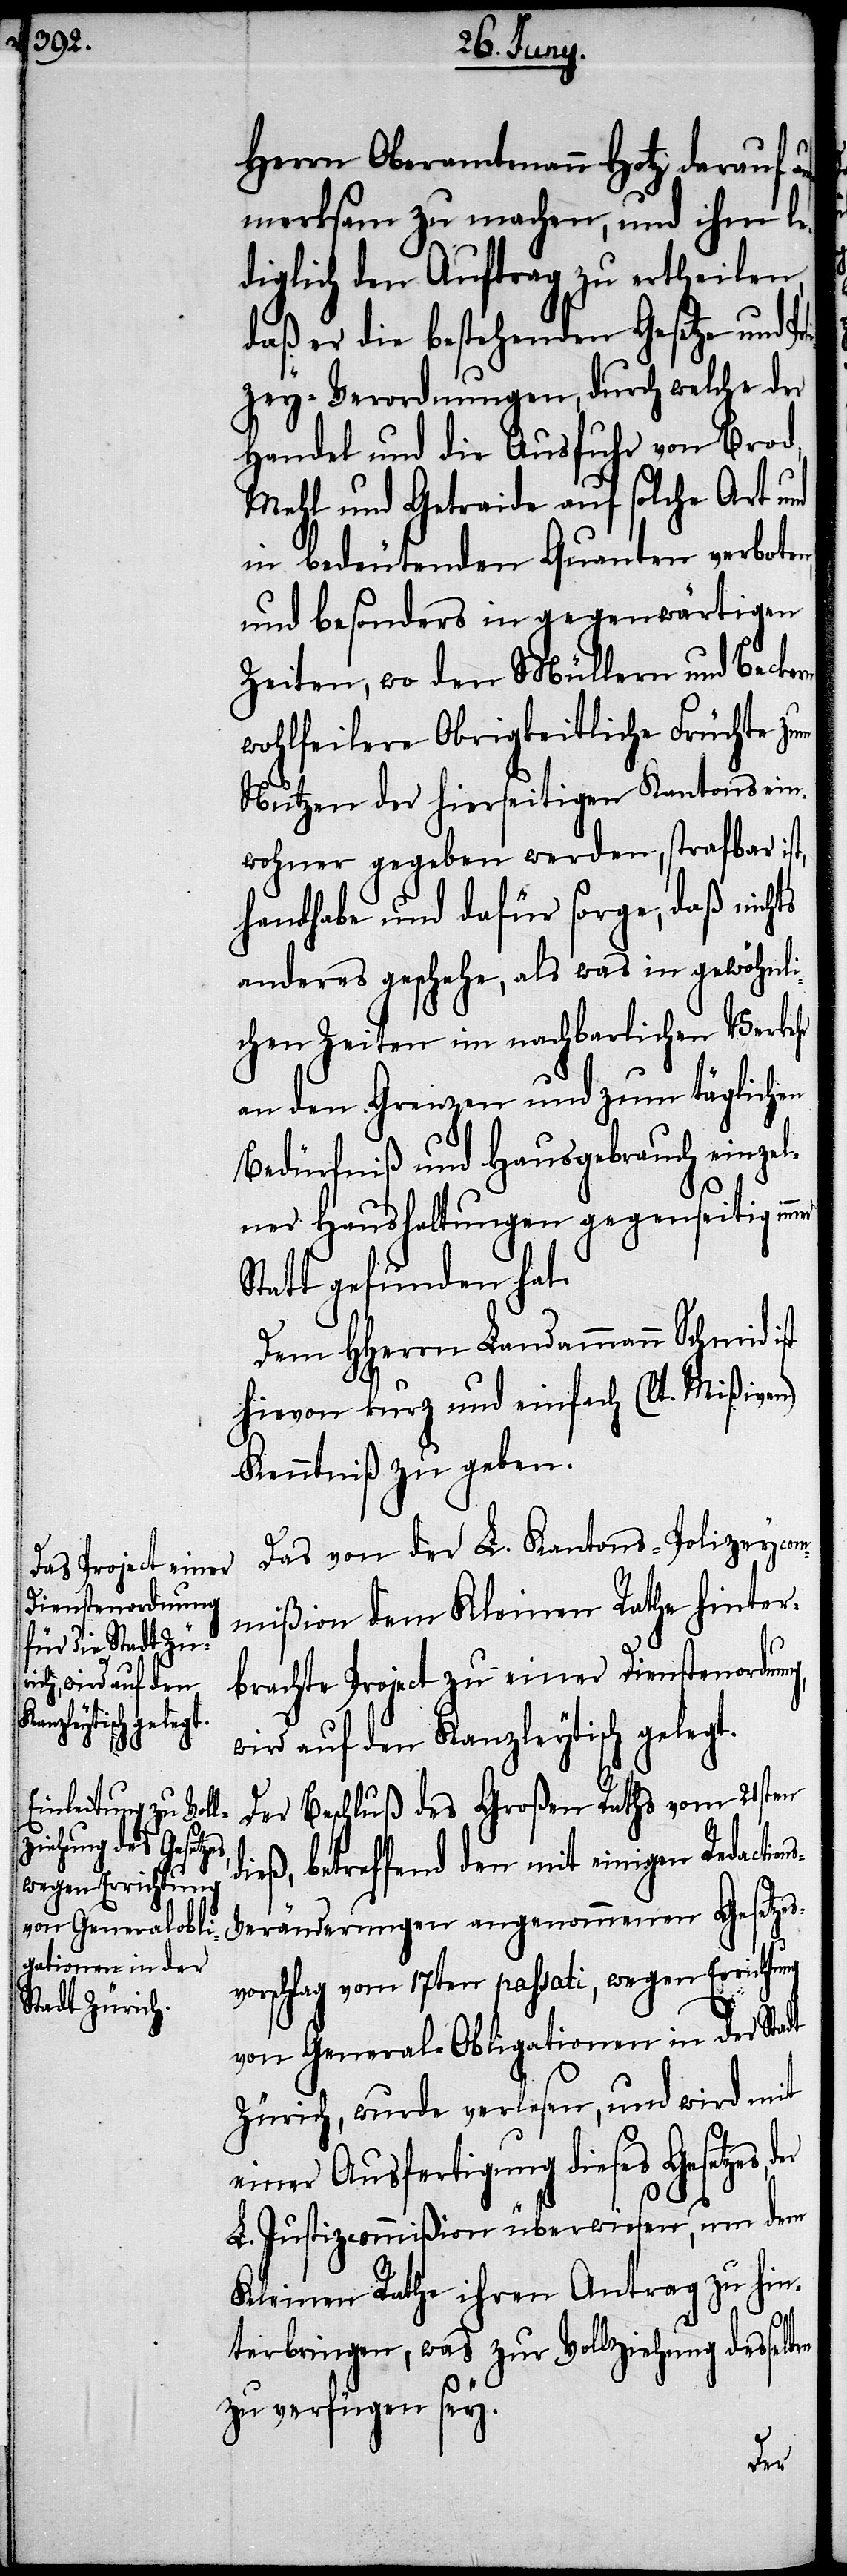
Herrn Oberamtmann Hotz darauf a¬
ufmerksam zu machen, und ihm le¬
diglich den Auftrag zu ertheilen,
daß er die bestehenden Gesetze und P¬
zey-Verordnungen, durch welche der
Handel und die Ausfuhr von Brod,
Mehl und Getraide auf solche Art und
in bedeutenden Quanten verbote¬
und besonders in gegenwärtigen
Zeiten, wo den Müllern und Becken
wohlfeilere Obrigkeitliche Früchte zum
Nutzen der hierseitigen Kantonsein¬
wohner gegeben werden, strafbar ist,
handhabe und dafür sorge, daß nichts
anderes geschehe, als was in gewöhnli¬
chen Zeiten im nachbarlichen Verkehr
an den Grenzen und zum täglichen
Bedürfniß und Hausgebrauch einzel¬
ner Haushaltungen gegenseitig im¬
Statt gefunden hat.
Dem HHerrn Landammann Schmid
hievon kurz und einfach (lt. Mißiven)
Kenntniß zu geben.
Das von der L. Kantons-Polizeycom¬
mißion dem Kleinen Rathe hinter¬
brachte Project zu einer Dienstenordnung,
wird auf den Kanzleytisch gelegt.
Der Beschluß des Großen Raths vom 21sten
dieß, betreffend den mit einigen Redaction¬
s-Veränderungen angenommenen Gesetzes¬
vorschlag vom 17ten passati, wegen Errichtu¬
von General-Obligationen in der Stadt
Zürich, wurde verlesen, und wird mit
einer Ausfertigung dieses Gesetzes,
L. Justizcommißion überwiesen, um dem
Kleinen Rathe ihren Antrag zu hin¬
ng
terbringen, was zur Vollziehung desselb¬
zu verfügen sey.
en